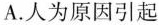
A. 人为原因引起